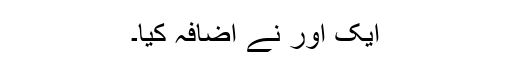
ایک اور نے اضافہ کیا۔